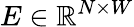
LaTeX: E\in\mathbb{R}^{N\times W}